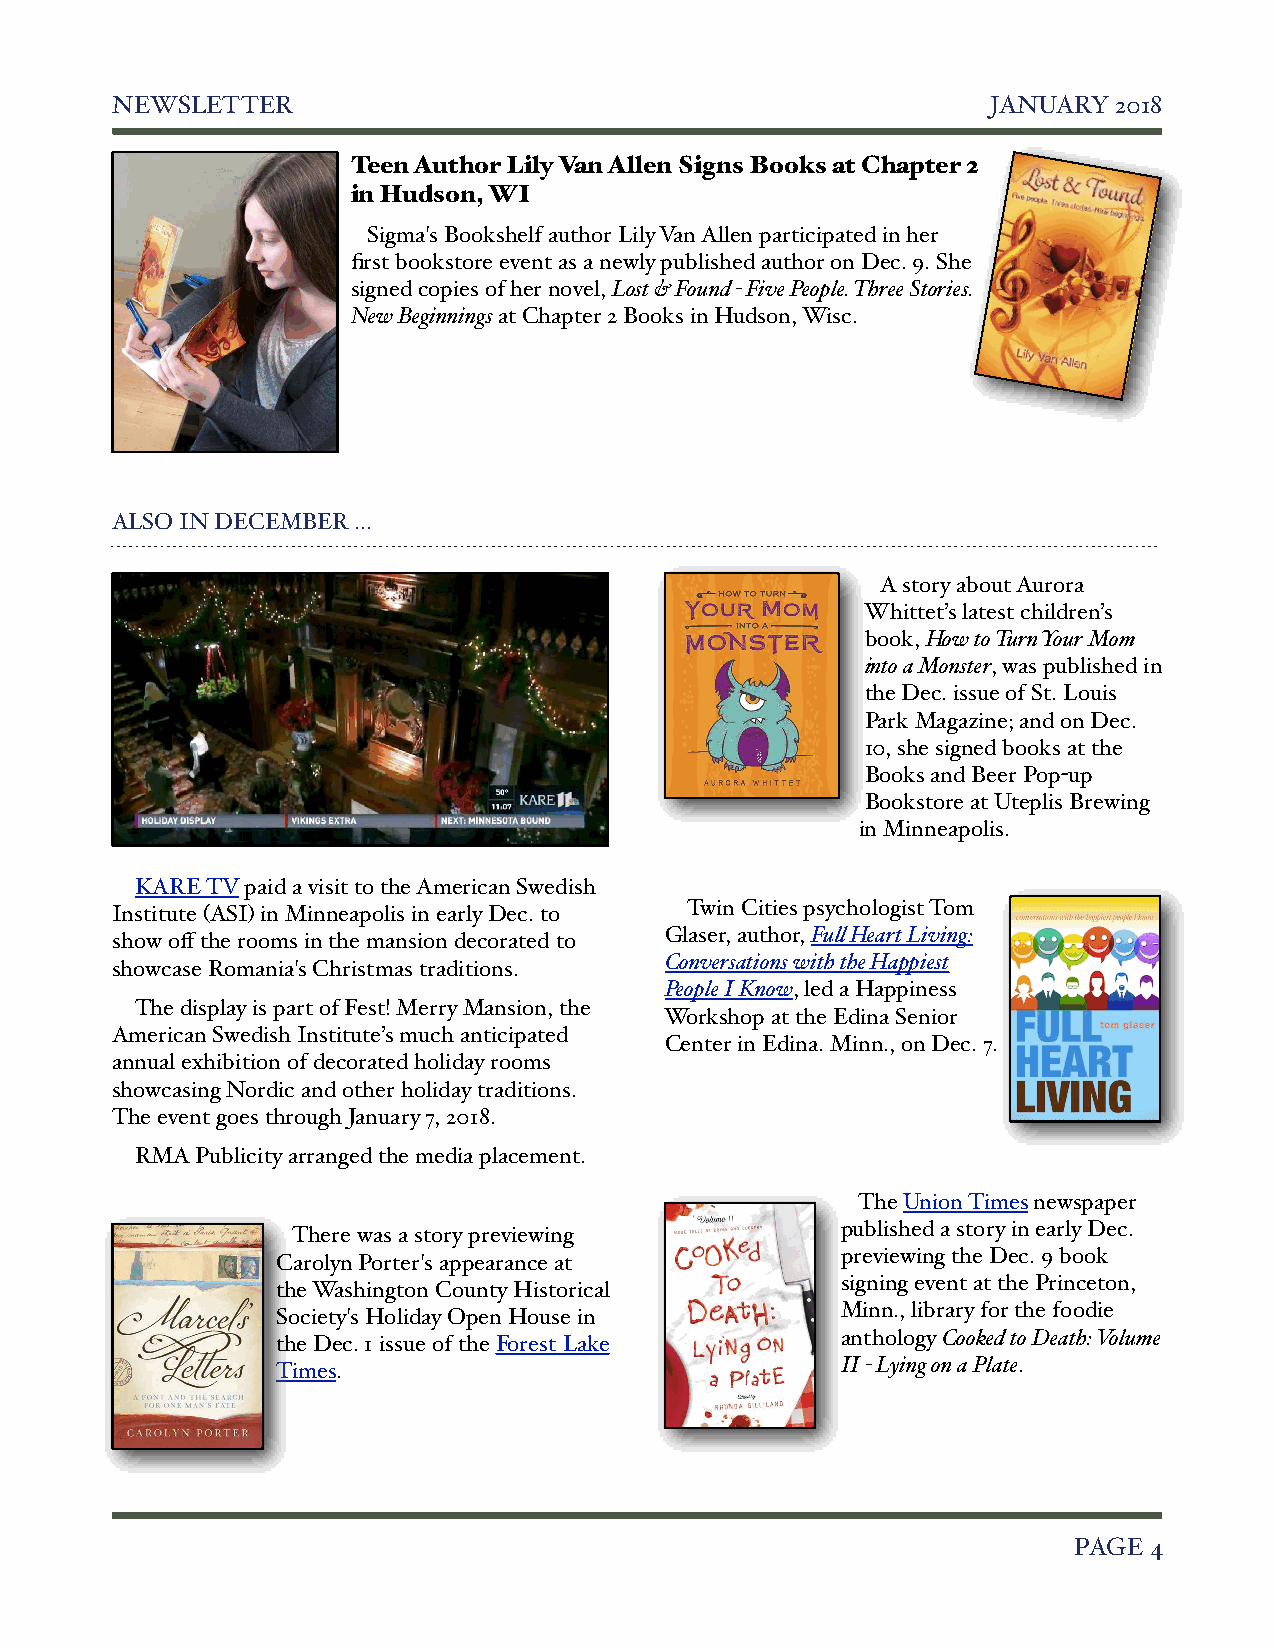
NEWSLETTER!                                                JANUARY 2018
 Teen Author Lily Van Allen Signs Books at Chapter 2
 in Hudson, WI
 Sigma's Bookshelf author Lily Van Allen participated in her
 first bookstore event as a newly published author on Dec. 9. She
 signed copies of her novel, Lost & Found - Five People. Three Stories.
 New Beginnings at Chapter 2 Books in Hudson, Wisc.
 ALSO IN DECEMBER ...
 A story about Aurora
 Whittet’s latest children’s
 book, How to Turn Your Mom
 into a Monster, was published in
 the Dec. issue of St. Louis
 Park Magazine; and on Dec.
 10, she signed books at the
 Books and Beer Pop-up
 Bookstore at Uteplis Brewing
 in Minneapolis.
 KARE TV paid a visit to the American Swedish
 Institute (ASI) in Minneapolis in early Dec. to Twin Cities psychologist Tom
 show off the rooms in the mansion decorated to Glaser, author, Full Heart Living:
 Conversations with the Happiest
 showcase Romania's Christmas traditions.
 People I Know, led a Happiness
 The display is part of Fest! Merry Mansion, the
 Workshop at the Edina Senior
 American Swedish Institute’s much anticipated
 Center in Edina. Minn., on Dec. 7.
 annual exhibition of decorated holiday rooms
 showcasing Nordic and other holiday traditions.
 The event goes through January 7, 2018.
 RMA Publicity arranged the media placement.
 The Union Times newspaper
 published a story in early Dec.
 There was a story previewing
 previewing the Dec. 9 book
 Carolyn Porter's appearance at
 signing event at the Princeton,
 the Washington County Historical
 Minn., library for the foodie
 Society's Holiday Open House in
 anthology Cooked to Death: Volume
 the Dec. 1 issue of the Forest Lake
 Times.                                II - Lying on a Plate.
 !                                                              PAGE 4